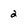
Character: 2